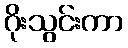
ဂိုးသွင်းကာ